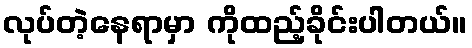
လုပ်တဲ့နေရာမှာ ကိုထည့်ခိုင်းပါတယ်။